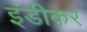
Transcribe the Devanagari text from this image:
इंडीकर